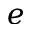
e